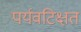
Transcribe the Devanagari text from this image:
पर्यवटिक्षत